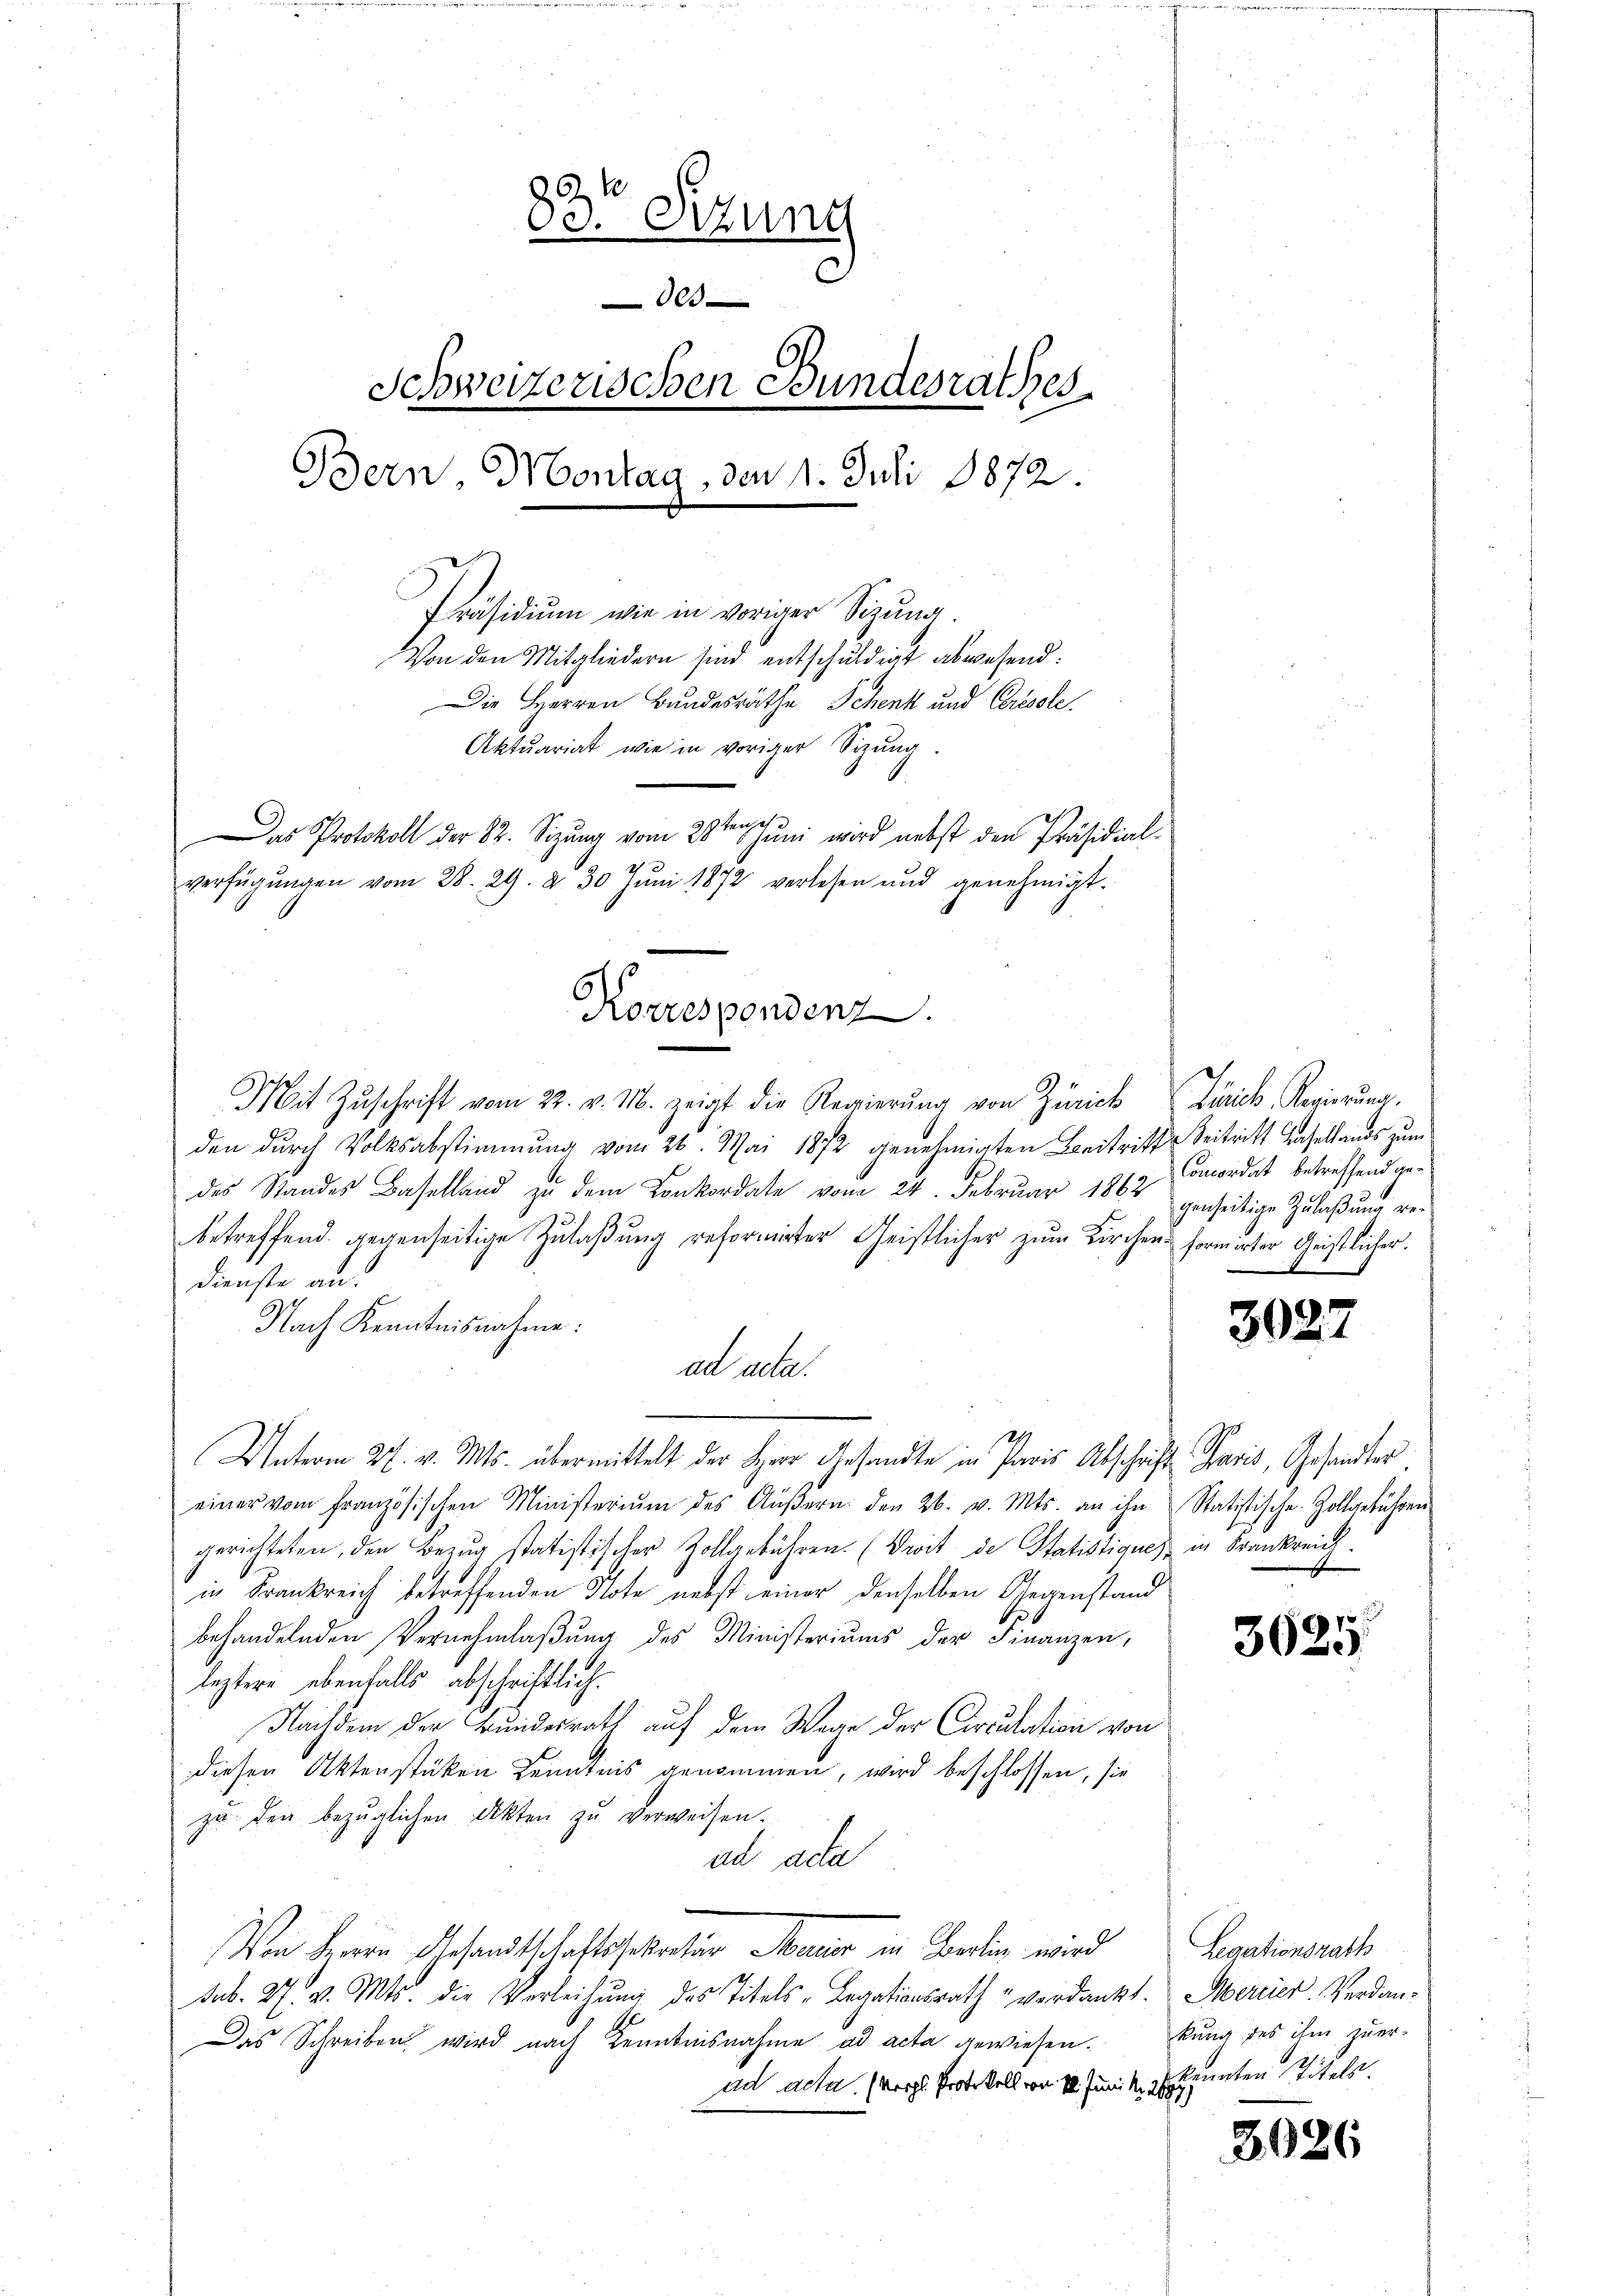
83te Sitzung
000
Schweizerischen Bundesrathes
Bern Montag, den 1. Juli 1872.
Präsidium wie in voriger Sitzung.
Von den Mitgliedern sind entschuldigt abwesend:
Die Herren Bundesräthe Schenk und Ceresste.
Aktuariat wie in voriger Sitzung.
icht
Das Protokoll der 82. Sizung vom 28ten Juni wird nebst den Präsidial-
verfügŭngen vom 28. 29. d. 30 Jŭni 1872 verlesen und genehmigt.

Mit Zŭschrift vom 22. v. M. zeigt die Regierŭng von Zürich Zürich, Regierung.
den durch Volksabstimmung vom 26. Mai 1872 genehmigten Beitritte Seitritt Hasellands zum
des Standes Baselland zu dem Konkordate vom 24. Februar 1862
betreffend gegenseitige Zulaßung reformirter Geistlicher zum Kirchen formirter Geistlicher.
Dienste an:
Nach Kenntnisnahme:
ad acta.
Unterm 27. v. Mts. übermittelt der Herr Gesandte in Paris Abschrift Savis, Gesandter.
einer vom Französischen Ministeriŭm des Aŭβern den 26. v. Mts. an ihn Statistische Zollgebühren
gerichteten, den Bezŭg statistischer Zollgebühren. (Droit de Statistiques in Frankreich.
in Frankreich betreffenden Note nebst einer denselben Gegenstand
behandelnden Vernehmlaβŭng des Ministeriums der Finanzen,
leztere ebenfalls abschriftlich.
Nachdem der Bundesrath auf dem Wege der Circulation von
diesen Aktenstüken Kenntnis genommen, wird beschlossen, sie
zu der bezüglichen Akten zu verweisen.
ud ada
Von Herrn Gesandtschaftschaler Dauer in erten wird
sub. 27. v. Mts. die Verleihung des Titels-Legationsrath " verdankt. Mercier. Verdan-
Das Schreiben wird nach Kenntnisnahme ad acta gewiesen.
ad acta. (vergl. Protokoll vom 10. Junik, u. kannten Titels.

Korrespondenz.

Concordat betreffend gegenseitige Zulaßung we¬

3027

1
3020

Legationsrath
kung des ihm zuer-

3026